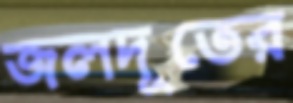
জলদূতের